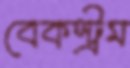
বেকস্ট্রম